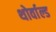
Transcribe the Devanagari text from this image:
थोर्वाल्ड